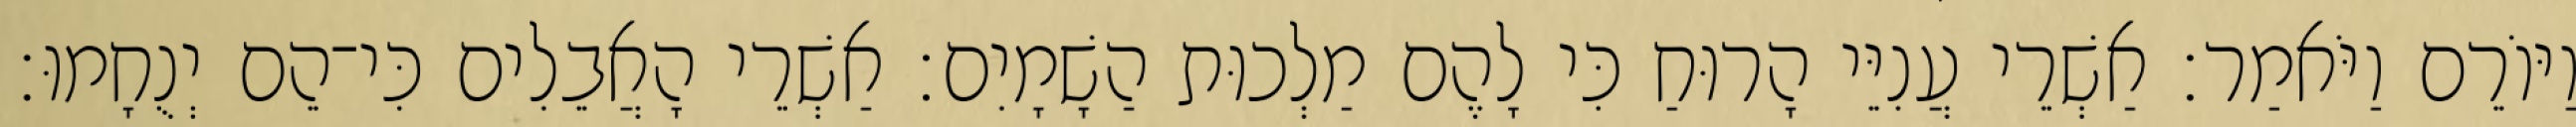
וַיּוֹרֵם וַיֹּאמַר׃ אַשְׁרֵי עֲנִיֵּי הָרוּחַ כִּי לָהֶם מַלְכוּת הַשָׁמָיִם׃ אַשְׁרֵי הָאֲבֵלִים כִּי־הֵם יְנֻחָמוּ׃